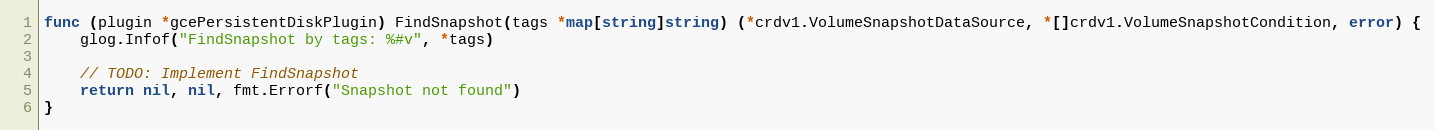
Language: Go
func (plugin *gcePersistentDiskPlugin) FindSnapshot(tags *map[string]string) (*crdv1.VolumeSnapshotDataSource, *[]crdv1.VolumeSnapshotCondition, error) {
	glog.Infof("FindSnapshot by tags: %#v", *tags)

	// TODO: Implement FindSnapshot
	return nil, nil, fmt.Errorf("Snapshot not found")
}